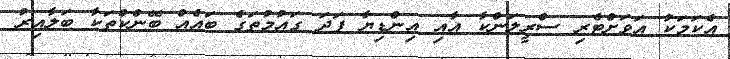
އެކަމަކު އަވަށްޓެރި ސްރީލަންކާ އާއި އިންޑިޔާ ފަދަ ގައުމުތަގެ ބައެއް ބޭންކްތަކާ ބަލާއިރު